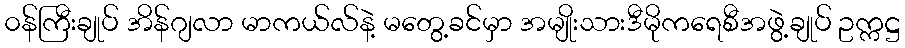
၀န်ကြီးချုပ် အိန်ဂျလာ မာကယ်လ်နဲ့ မတွေ့ခင်မှာ အမျိုးသားဒီမိုကရေစီအဖွဲ့ချုပ် ဥက္ကဋ္ဌ